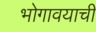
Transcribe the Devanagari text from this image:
भोगावयाची